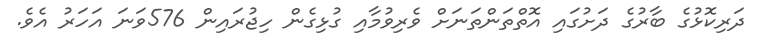
ދަރިކޮޅުގެ ބާރުގެ ދަށުގައި އޮތްތަންތަނަށް ވެރިވުމާއި ގުޅިގެން ހިޖުރައިން 576ވަނަ އަހަރު އެވެ.